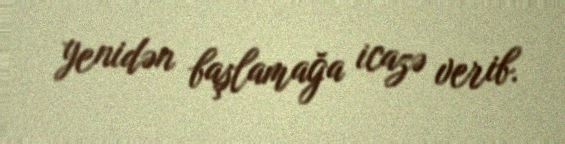
yenidən başlamağa icazə verib.